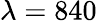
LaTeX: \lambda=840